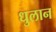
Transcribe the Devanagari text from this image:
धुलान